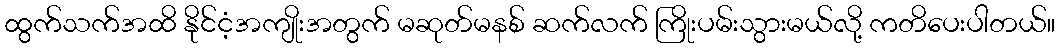
ထွက်သက်အထိ နိုင်ငံ့အကျိုးအတွက် မဆုတ်မနစ် ဆက်လက် ကြိုးပမ်းသွားမယ်လို့ ကတိပေးပါတယ်။